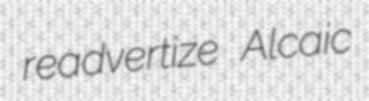
readvertize Alcaic